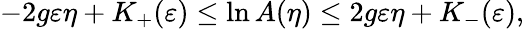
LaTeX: -2g\varepsilon\eta+K_{+}(\varepsilon)\le\ln A(\eta)\le 2g\varepsilon\eta+K_{-}(\varepsilon),